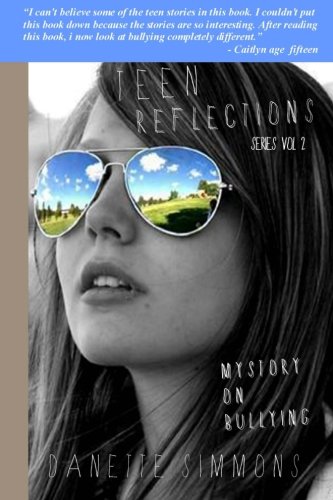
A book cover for Teen Reflections: My Life, My Journey, My Story; Danette Simmons; Teen & Young Adult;